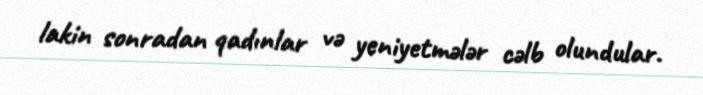
lakin sonradan qadınlar və yeniyetmələr cəlb olundular.